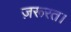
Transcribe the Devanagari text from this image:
ज़रूरत।